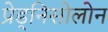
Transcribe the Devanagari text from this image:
प्रेड्निसोलोन